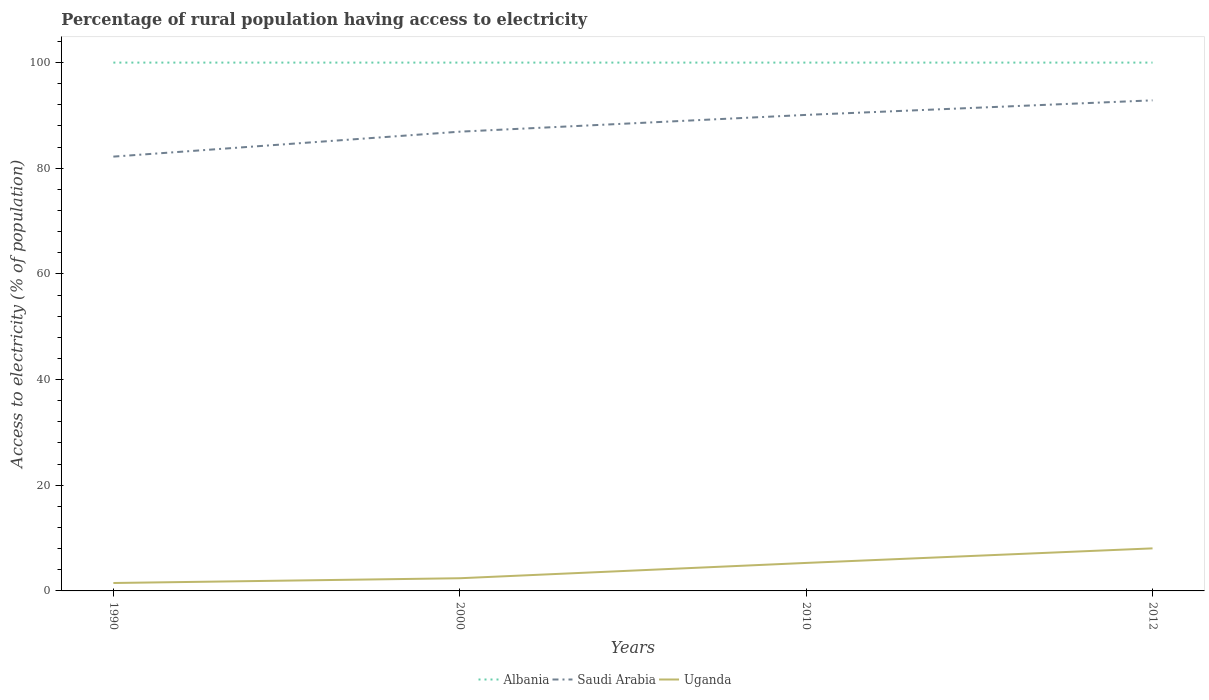
| Years | Albania | Saudi Arabia | Uganda |
 | --- | --- | --- | --- |
 | 1990 | 100 | 82.2 | 1.5 |
 | 2000 | 100 | 86.9 | 2.4 |
 | 2010 | 100 | 90.1 | 5.3 |
 | 2012 | 100 | 92.9 | 8.05 |